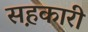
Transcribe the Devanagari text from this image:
सह़कारी